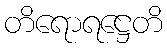
တိရောရဋ္ဌေတိ